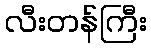
လီးတန်ကြီး